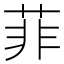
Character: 菲